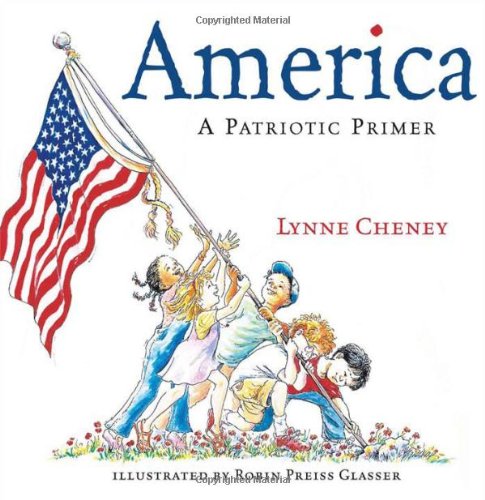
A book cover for America : A Patriotic Primer; Lynne Cheney; Children's Books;